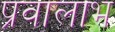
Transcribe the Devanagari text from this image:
प्रवालाभ